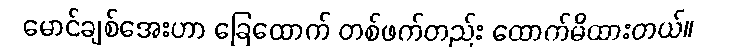
မောင်ချစ်အေးဟာ ခြေထောက် တစ်ဖက်တည်း ထောက်မိထားတယ်။